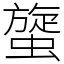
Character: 䗠